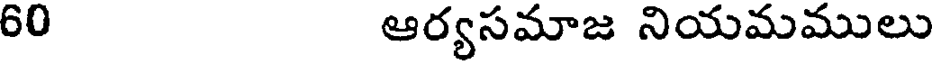
60 ఆర్యసమాజ నియమములు